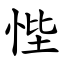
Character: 悂